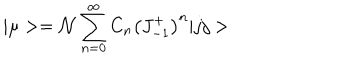
| \mu > = { \cal { N } } \sum _ { n = 0 } ^ { \infty } C _ { n } \left( J _ { - 1 } ^ { + } \right) ^ { n } | j j >